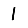
Digit: 1